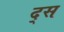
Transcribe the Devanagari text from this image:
द्स